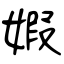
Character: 婽